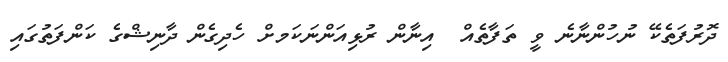
ދޮރުފަތެކޭ ނުހުންނާނެ ވީ ތަފާތެއް  އިނާން ރުޅިއަންނަކަމށް ހެދިގެން ދާނިޝްގެ ކަންފަތުގައި